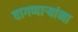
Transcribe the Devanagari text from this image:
वागणाऱ्यांना